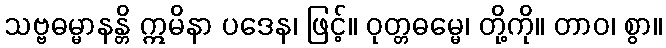
သဗ္ဗဓမ္မာနန္တိ ဣမိနာ ပဒေန၊ ဖြင့်။ ဝုတ္တဓမ္မေ၊ တို့ကို။ တာဝ၊ စွာ။